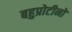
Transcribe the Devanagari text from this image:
बहुप्रोटीनों